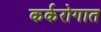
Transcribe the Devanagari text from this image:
कर्करोगात